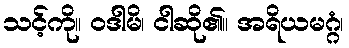
သင့်ကို။ ဝဒါမိ၊ ငါဆို၏။ အရိယမဂ္ဂံ၊